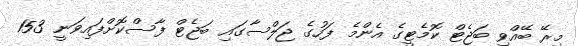
މިރޭ ބޭއްވި ބަޖެޓް ކޮމެޓީގެ އެންމެ ފަހުގެ ޖަލްސާގައި ބަޖެޓް ފާސްކޮށްފައިވަނީ 153